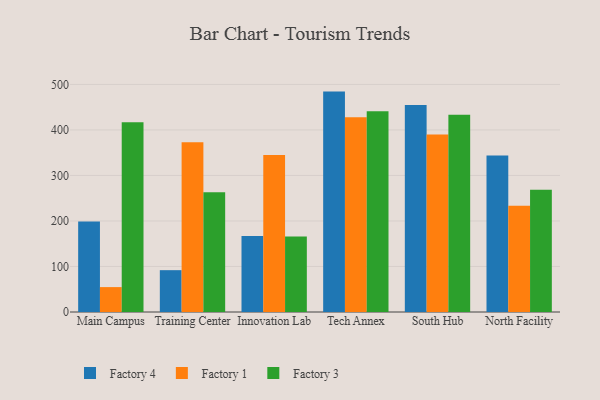
{"axis": {"x": "Campus", "y": "Latency (ms)"}, "legend": ["Factory 1", "Factory 3", "Factory 4"], "data": [{"x": "Main Campus", "y": 198.8, "type": "Factory 4"}, {"x": "Main Campus", "y": 54.7, "type": "Factory 1"}, {"x": "Main Campus", "y": 416.6, "type": "Factory 3"}, {"x": "Training Center", "y": 91.9, "type": "Factory 4"}, {"x": "Training Center", "y": 372.7, "type": "Factory 1"}, {"x": "Training Center", "y": 263.1, "type": "Factory 3"}, {"x": "Innovation Lab", "y": 166.8, "type": "Factory 4"}, {"x": "Innovation Lab", "y": 344.7, "type": "Factory 1"}, {"x": "Innovation Lab", "y": 165.9, "type": "Factory 3"}, {"x": "Tech Annex", "y": 484.2, "type": "Factory 4"}, {"x": "Tech Annex", "y": 427.6, "type": "Factory 1"}, {"x": "Tech Annex", "y": 441.2, "type": "Factory 3"}, {"x": "South Hub", "y": 454.7, "type": "Factory 4"}, {"x": "South Hub", "y": 390.1, "type": "Factory 1"}, {"x": "South Hub", "y": 433.6, "type": "Factory 3"}, {"x": "North Facility", "y": 343.8, "type": "Factory 4"}, {"x": "North Facility", "y": 233.5, "type": "Factory 1"}, {"x": "North Facility", "y": 268.7, "type": "Factory 3"}]}